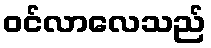
ဝင်လာလေသည်